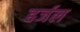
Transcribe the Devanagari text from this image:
हर्जल